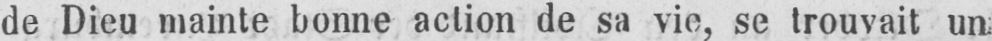
de Dieu mainte bonne action de sa vie, se trouvait un